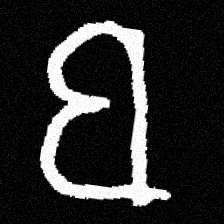
Pyu character \u2014 Myanmar letter: ဗ (romanized: ba)